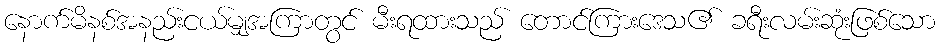
နောက်မိနစ်အနည်းငယ်မျှအကြာတွင် မီးရထားသည် တောင်ကြားဒေသ၏ ခရီးလမ်းဆုံးဖြစ်သော